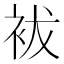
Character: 袚